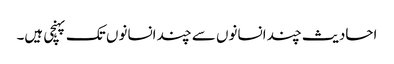
احادیث چند انسانوں سے چند انسانوں تک پہنچی ہیں۔